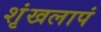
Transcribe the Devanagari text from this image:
शृंखलापं